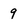
Character: 9